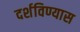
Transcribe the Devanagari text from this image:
दर्शविण्यास